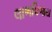
લાભવિજય